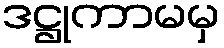
ဒဋ္ဌုကာမမှ